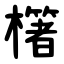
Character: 櫡